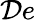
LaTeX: \mathcal{D}e